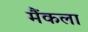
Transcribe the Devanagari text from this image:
मैंकला